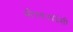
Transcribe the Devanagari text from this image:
सीएसआईसी